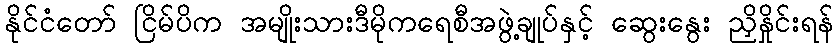
နိုင်ငံတော် ငြိမ်ပိက အမျိုးသားဒီမိုကရေစီအဖွဲ့ချုပ်နှင့် ဆွေးနွေး ညှိနှိုင်းရန်